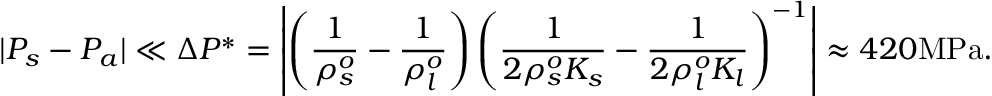
| P _ { s } - P _ { a } | \ll \Delta P ^ { * } = \left| \left( \frac { 1 } { \rho _ { s } ^ { o } } - \frac { 1 } { \rho _ { l } ^ { o } } \right) \left( \frac { 1 } { 2 \rho _ { s } ^ { o } K _ { s } } - \frac { 1 } { 2 \rho _ { l } ^ { o } K _ { l } } \right) ^ { - 1 } \right| \approx 4 2 0 \mathrm { M P a } .